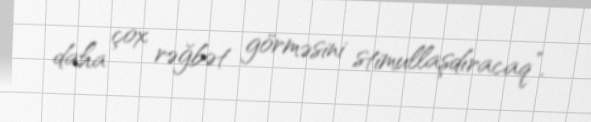
daha çox rəğbət görməsini stimullaşdıracaq”.